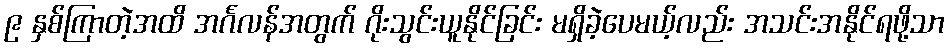
၉ နှစ်ကြာတဲ့အထိ အင်္ဂလန်အတွက် ဂိုးသွင်းယူနိုင်ခြင်း မရှိခဲ့ပေမယ့်လည်း အသင်းအနိုင်ရဖို့သာ